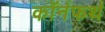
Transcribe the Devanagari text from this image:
कॉर्नफर्थ